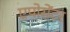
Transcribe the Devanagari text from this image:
एपोसेंटर